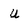
Character: u